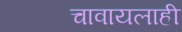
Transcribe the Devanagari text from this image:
चावायलाही